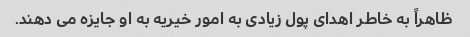
ظاهراً به خاطر اهدای پول زیادی به امور خیریه به او جایزه می دهند.